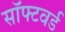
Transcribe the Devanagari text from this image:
सॉफ्टवर्ड